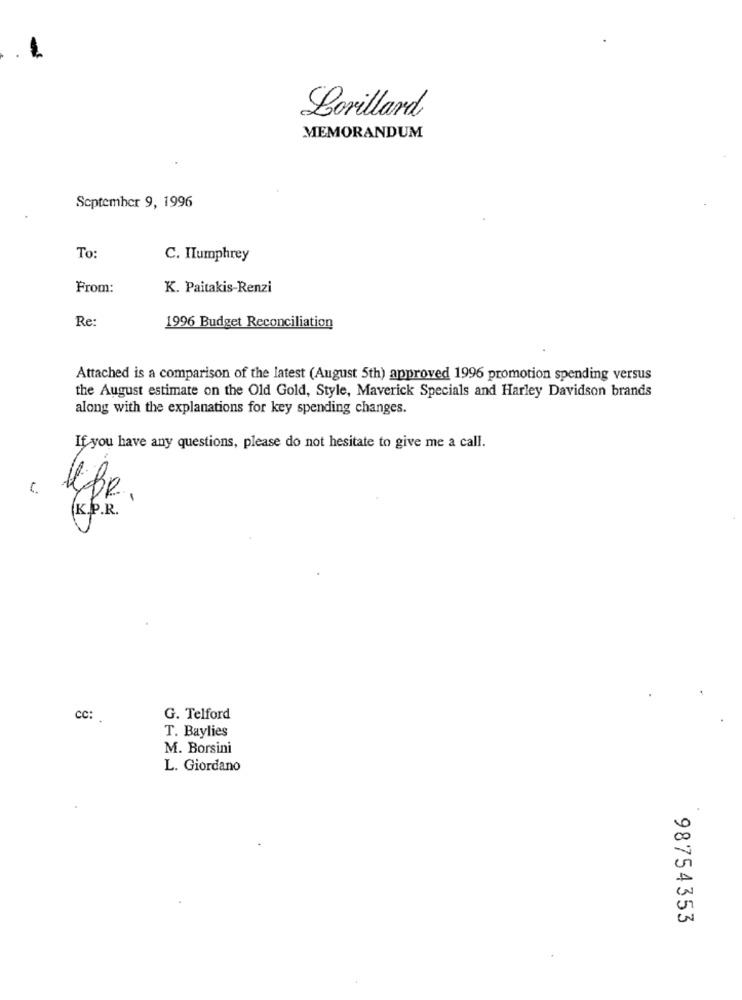
Lorillard
MEMORANDUM
September 9, 1996
To:
C. Humphrey
From:
K. Paitakis-Renzi
Re:
1996 Budget Reconciliation
Attached is a comparison of the latest (August 5th) approved 1996 promotion spending versus
the August estimate on the Old Gold, Style, Maverick Specials and Harley Davidson brands
along with the explanations for key spending changes.
If you have any questions, please do not hesitate to give me a call.
K.O.R.
CC:
G. Telford
T. Baylies
M. Borsini
L. Giordano
98754353